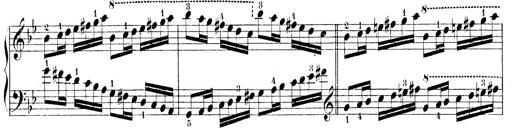
Title: Technische Studien
Composer: Franz Liszt